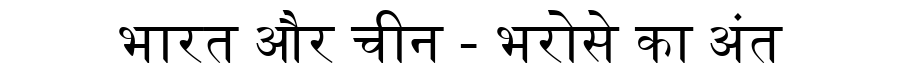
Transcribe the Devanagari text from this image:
भारत और चीन - भरोसे का अंत